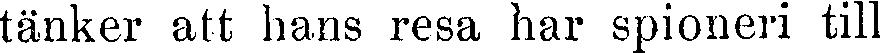
tänker att hans resa har spioneri till